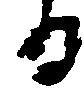
る